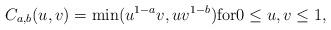
LaTeX: \begin{align*}C_{a,b}(u,v)=\min(u^{1-a}v,uv^{1-b})\textrm{for} 0\le u,v\le 1,\end{align*}